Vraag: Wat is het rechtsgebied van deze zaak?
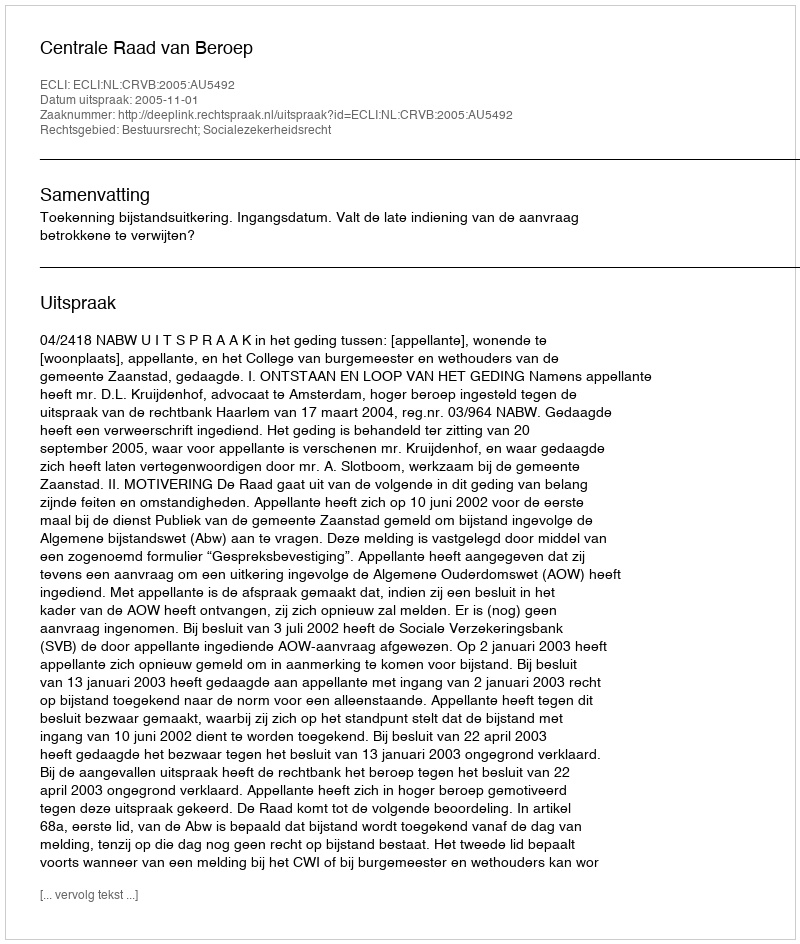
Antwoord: Bestuursrecht; Socialezekerheidsrecht